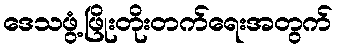
ဒေသဖွံ့ဖြိုးတိုးတက်ရေးအတွက်